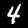
Label: 4